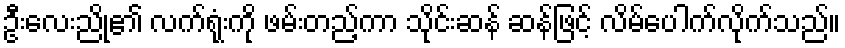
ဦးလေးညို၏ လက်ရုံးကို ဖမ်းတည့်ကာ သိုင်းဆန် ဆန်ဖြင့် လိမ်ပေါက်လိုက်သည်။